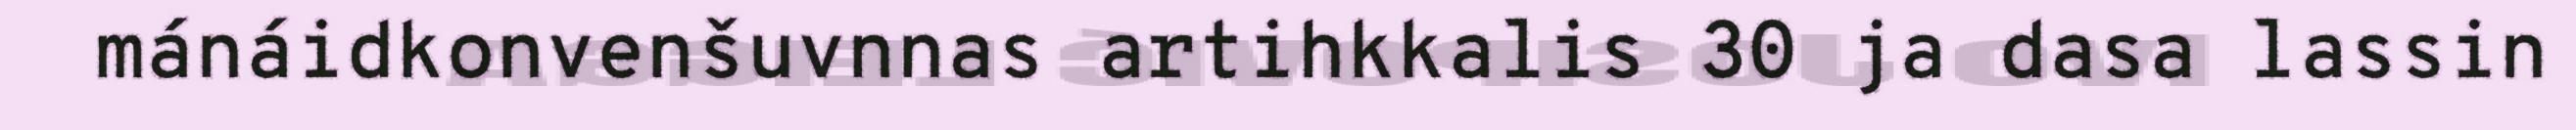
mánáidkonvenšuvnnas artihkkalis 30 ja dasa lassin